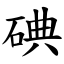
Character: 碘